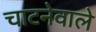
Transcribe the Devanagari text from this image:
चाटनेवाले